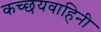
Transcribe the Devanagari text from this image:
कच्छयवाहिनी